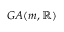
G A ( m , \mathbb { R } )